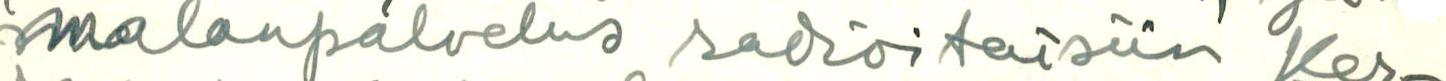
malanpalvelus radioitaisiin Ker-